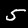
Label: 5